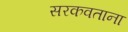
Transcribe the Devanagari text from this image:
सरकवताना